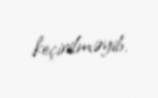
keçirilməyib.